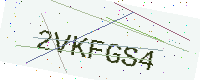
Text: 2VKFGS4